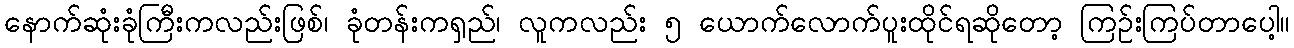
နောက်ဆုံးခုံကြီးကလည်းဖြစ်၊ ခုံတန်းကရှည်၊ လူကလည်း ၅ ယောက်လောက်ပူးထိုင်ရဆိုတော့ ကြဉ်းကြပ်တာပေါ့။